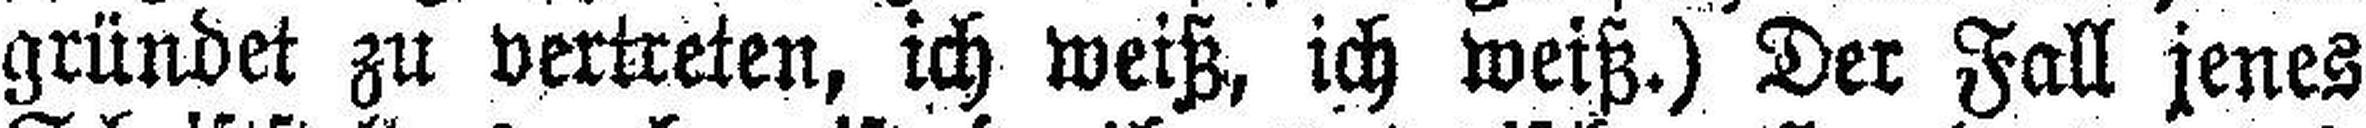
gründet zu vertreten, ich weiß, ich weiß.) Der Fall jenes